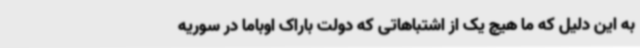
به این دلیل که ما هیچ یک از اشتباهاتی که دولت باراک اوباما در سوریه